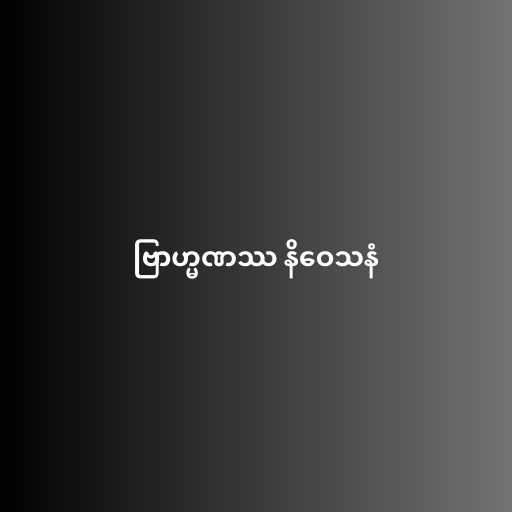
ဗြာဟ္မဏဿ နိဝေသနံ